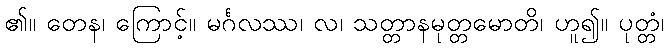
၏။ တေန၊ ကြောင့်။ မင်္ဂလဿ၊ လ၊ သတ္တာနမုတ္တမောတိ၊ ဟူ၍။ ပုတ္တံ၊